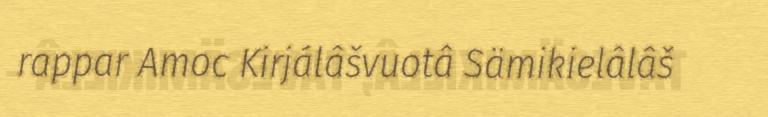
rappar Amoc Kirjálâšvuotâ Sämikielâlâš